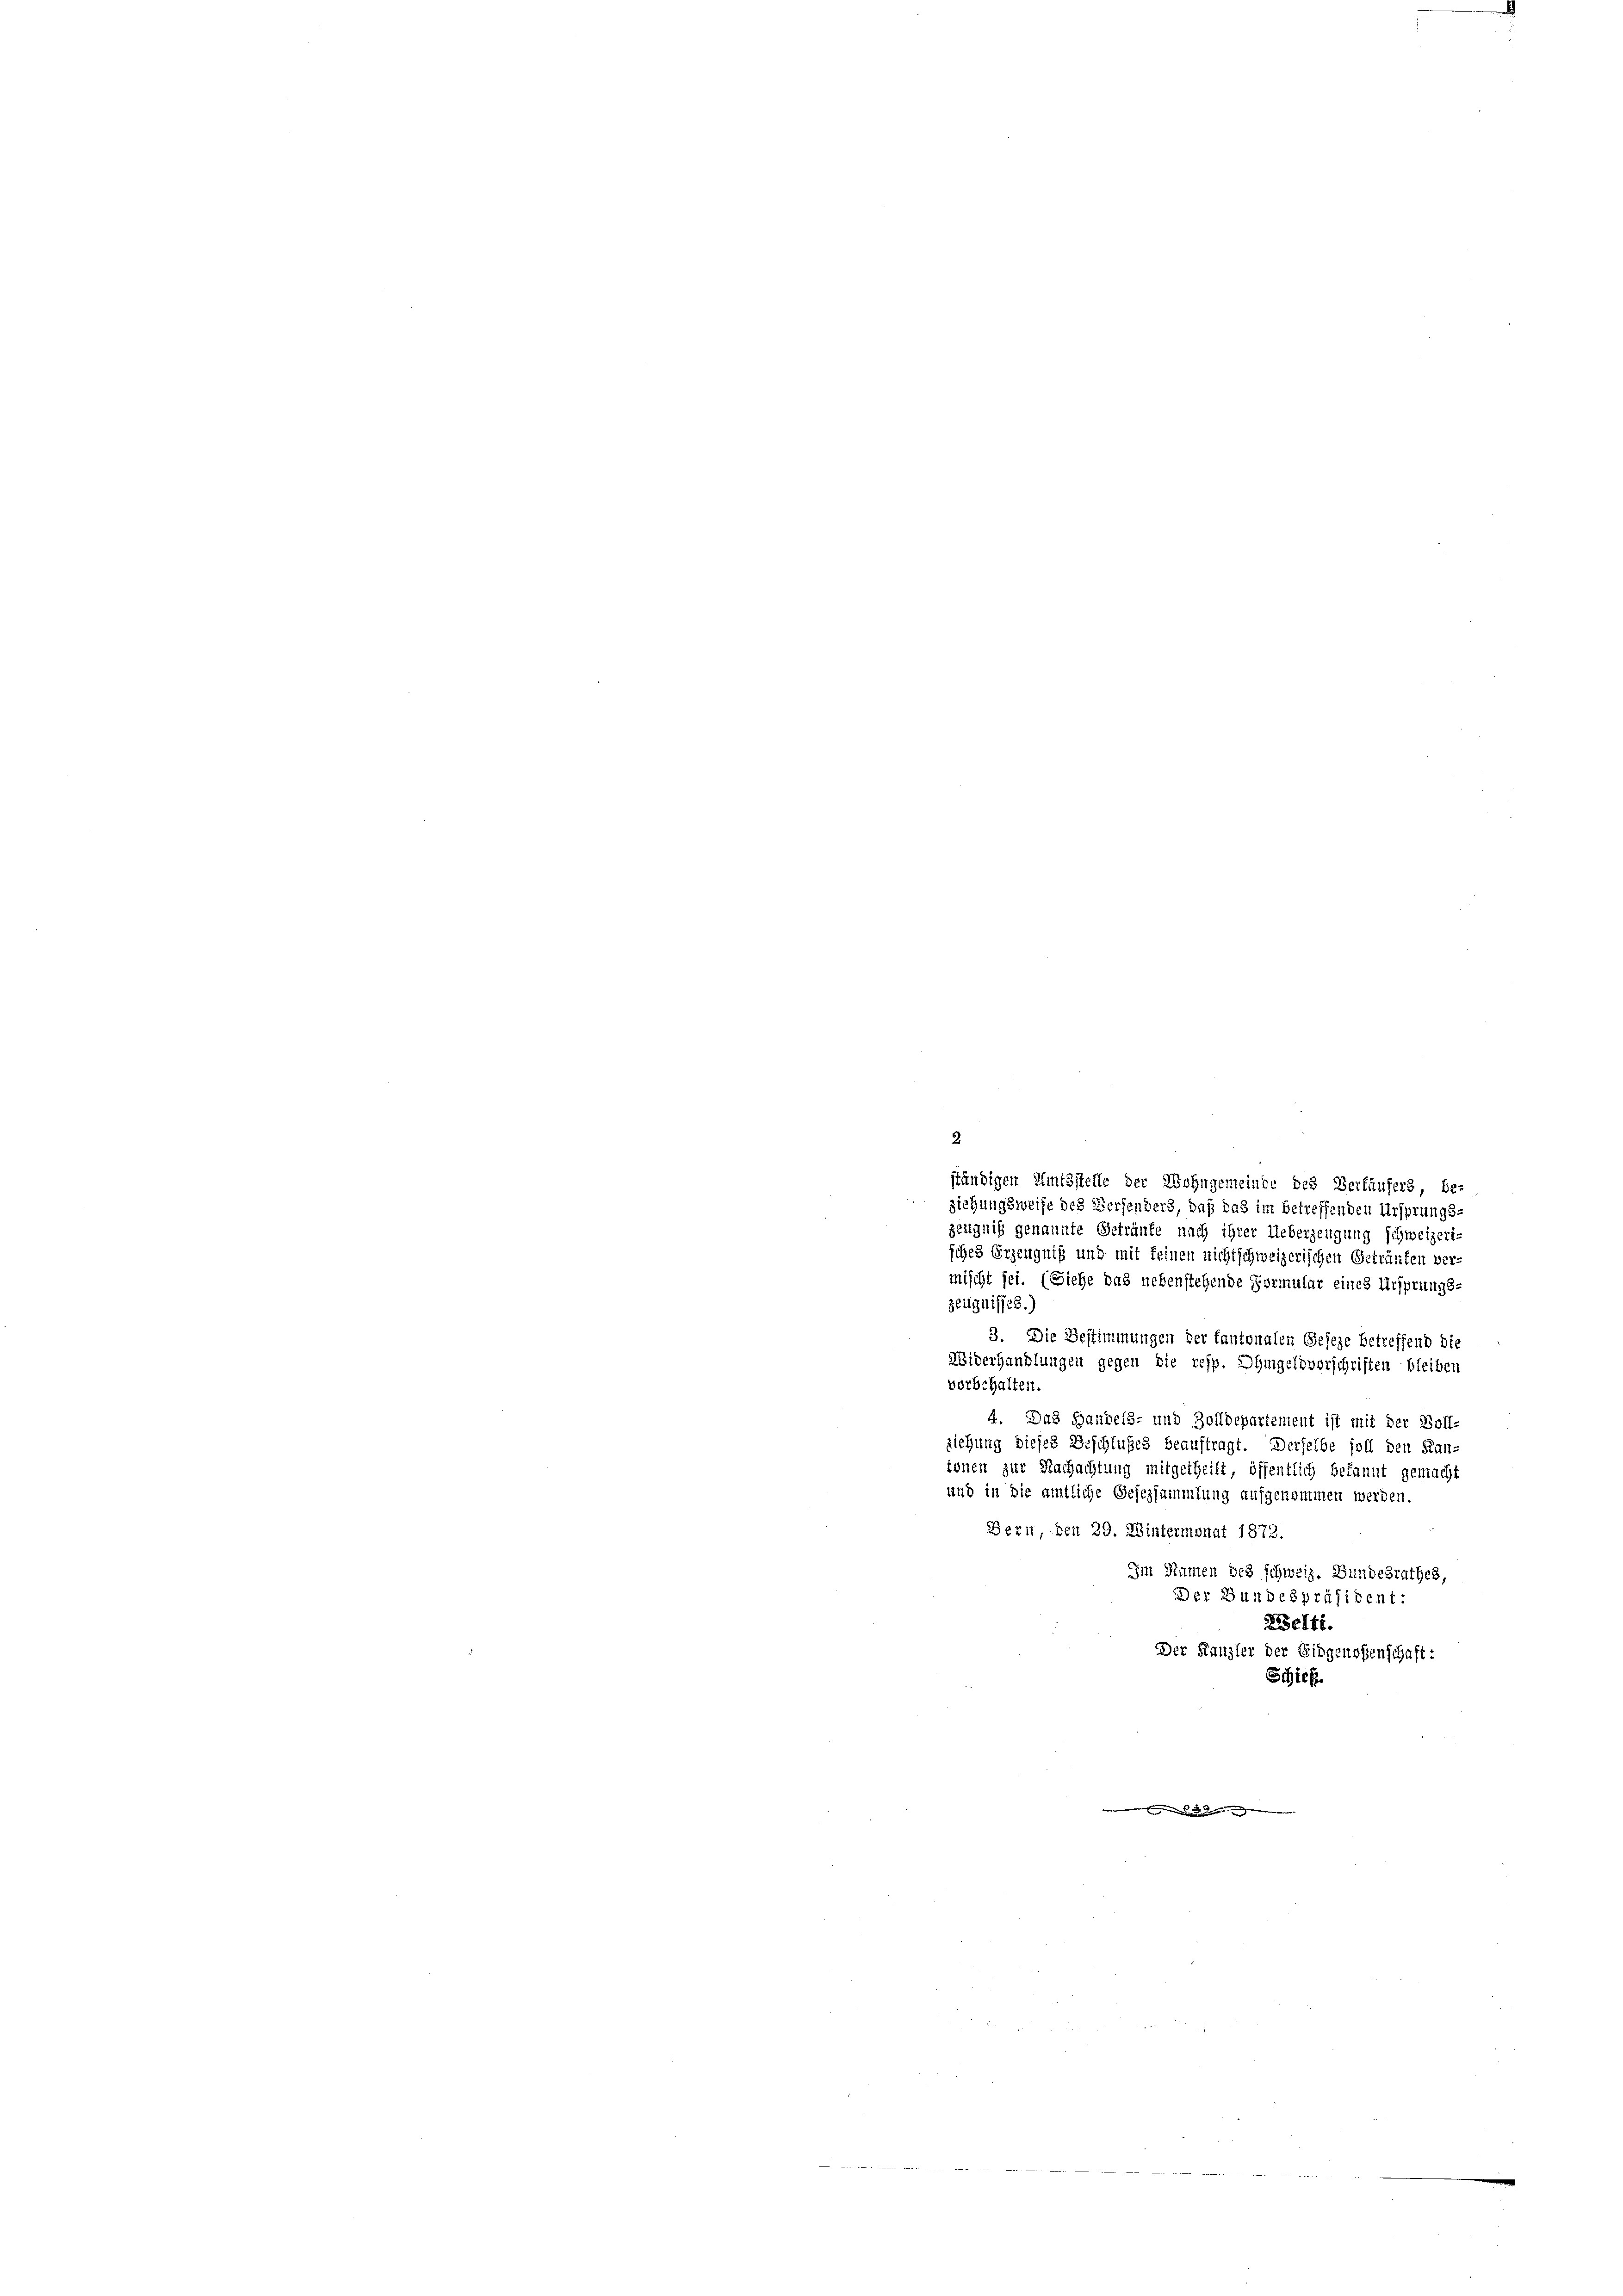
2
ständigen Amtsstelle der Wohngemeinde des Berläufers, be-
ziehungsweise des Versenders, daß das im betreffenden Ursprungs-
zeugniß genannte Geträufe nach ihrer Ueberzeugung schweizerisches Erzeugniß und mit feinen nichtschweizerischen Geträufen ver-
mischt sei. (Siehe das nebenstehende Formular eines Ursprungs-
zeugnisses.)
3. Die Bestimmungen der fantonalen Geseze betreffend die
Widerhandlungen gegen die resp. Ohmgeldverschriften bleiben
vorbehalten.
4. Das Handels- und Zolldepartement ist mit der Voll-
ziehung dieses Beschlußes beauftragt. Derselbe soll den Kantonen zur Nachachtung mitgetheilt, öffentlich bekannt gemacht
und in die amtliche Gesezsammlung aufgenommen werden.
Bern, den 29. Wintermonat 1872.
Im Namen des schweiz. Bundesrathes,
Der Bundespräsident:
elti.
Der Kanzler der Eidgenossenschaft:
Schief